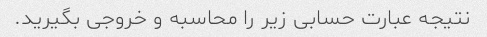
نتیجه عبارت حسابی زیر را محاسبه و خروجی بگیرید.